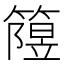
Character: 𥳲